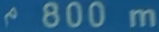
800m